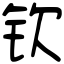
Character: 钦